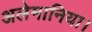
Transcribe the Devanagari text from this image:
अलेमानिया।